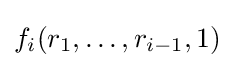
f_{i}(r_{1},\dots ,r_{i-1},1)